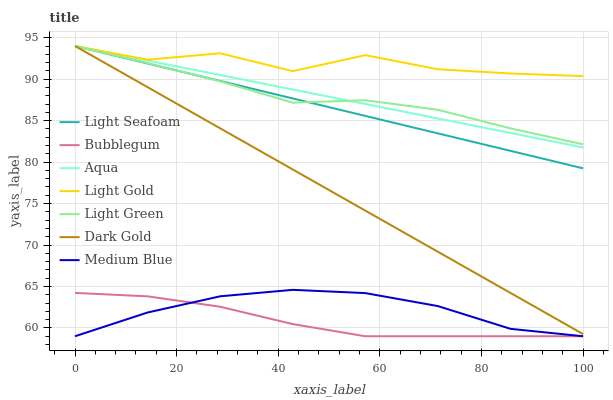
| xaxis_label | Light Seafoam | Bubblegum | Aqua | Light Gold | Light Green | Dark Gold | Medium Blue |
 | --- | --- | --- | --- | --- | --- | --- | --- |
 | 0 | 94 | 64.2 | 94 | 94 | 94 | 94 | 59 |
 | 14.3 | 91.9 | 63.8 | 92.3 | 92.4 | 91.9 | 89 | 61.9 |
 | 28.6 | 89.8 | 62.6 | 90.5 | 93.1 | 89.7 | 84.1 | 63.8 |
 | 42.9 | 87.7 | 60.5 | 88.8 | 91 | 87.2 | 79.1 | 64.6 |
 | 57.1 | 85.6 | 59 | 87 | 92.9 | 87.5 | 74.1 | 64.2 |
 | 71.4 | 83.5 | 59 | 85.3 | 91.2 | 86.3 | 69.2 | 62.6 |
 | 85.7 | 81.4 | 59 | 83.5 | 90.7 | 84.1 | 64.2 | 59.9 |
 | 100 | 79.2 | 59 | 81.8 | 90.4 | 82.1 | 59.3 | 59 |